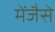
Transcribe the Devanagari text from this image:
मेंजैसे